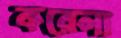
করেলা